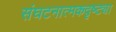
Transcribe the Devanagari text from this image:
संघटनात्मकदृष्ट्या